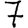
Digit: 7